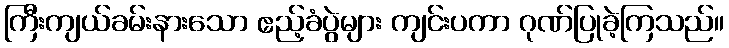
ကြီးကျယ်ခမ်းနားသော ဧည့်ခံပွဲများ ကျင်းပကာ ဂုဏ်ပြုခဲ့ကြသည်။